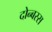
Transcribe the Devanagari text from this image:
दोन्बस्स